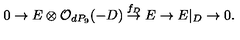
0 \rightarrow E \otimes { \cal O } _ { d P _ { 9 } } ( - D ) \stackrel { f _ { D } } { \rightarrow } E \rightarrow E | _ { D } \rightarrow 0 .